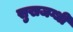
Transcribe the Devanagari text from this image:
सुखजग्धी